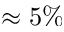
\approx 5 \%